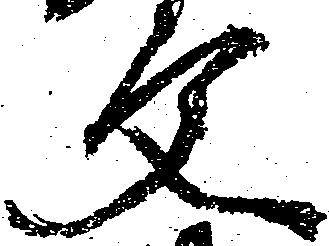
文